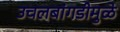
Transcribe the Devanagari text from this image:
उचलबांगडीमुळे